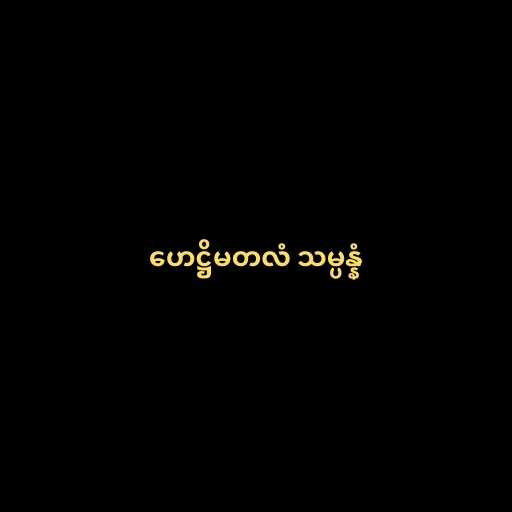
ဟေဋ္ဌိမတလံ သမ္ပန္နံ